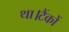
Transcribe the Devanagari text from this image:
था।टैंकों